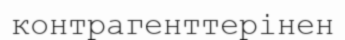
контрагенттерінен